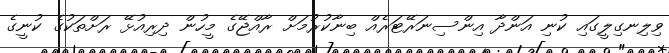
ވިލިނގިލީގައި ކުނި އަންދާ އިންސިނަރޭޓަރެއް ބިނާކުރުމަށް ރާއްޖޭގެ މީހުން ދިރިއުޅޭ ރަށްތަކުގެ ކުނީގެ